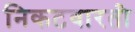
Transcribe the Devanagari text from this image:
निकटवारती